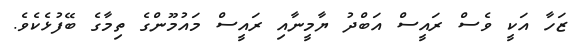
ޒަހާ އަކީ ވެސް ރައީސް އަބްދު ޔާމީނާއި ރައީސް މައުމޫންގެ ތިމާގެ ބޭފުޅެކެވެ.